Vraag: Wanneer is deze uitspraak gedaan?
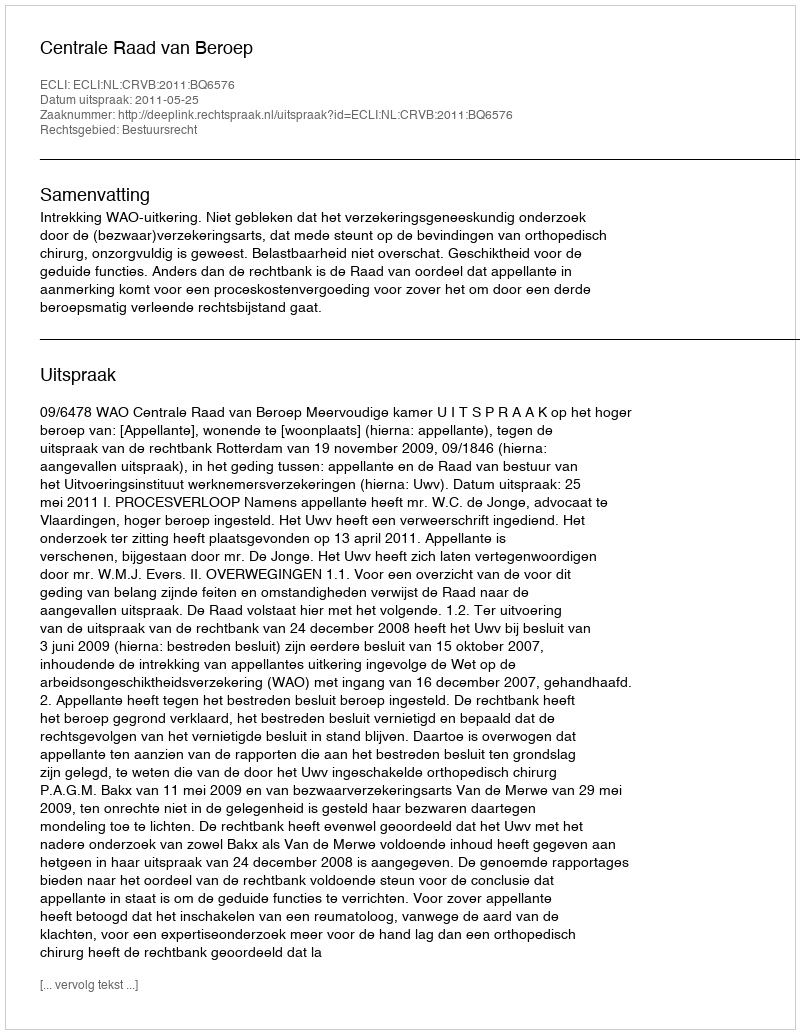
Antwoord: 2011-05-25